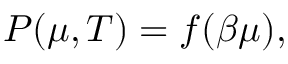
P ( \mu , T ) = f ( \beta \mu ) ,